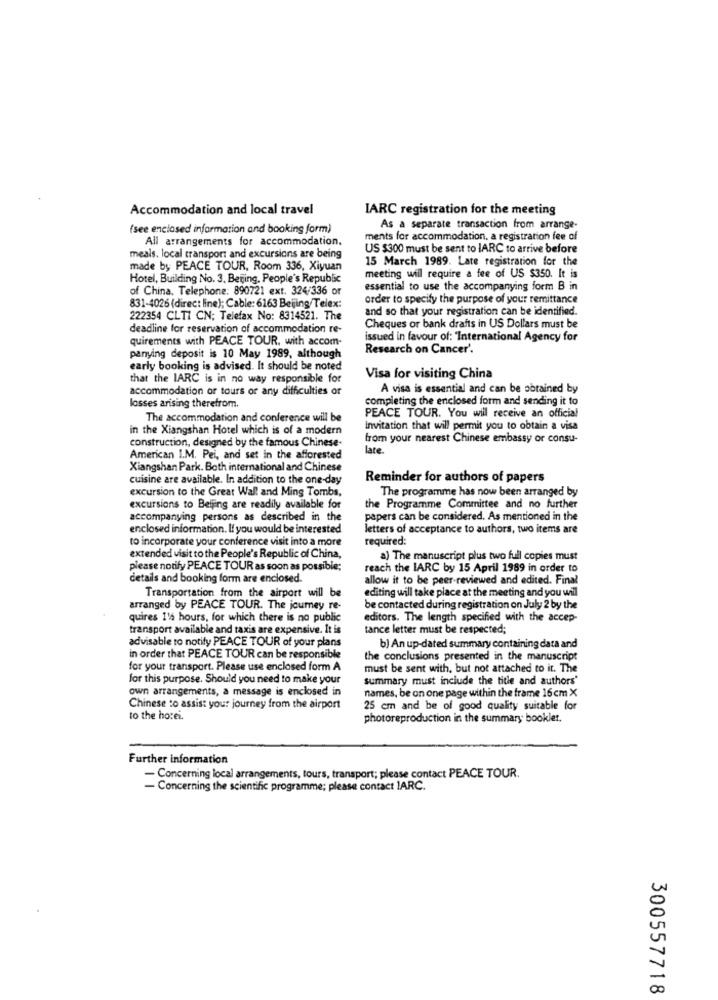
Accommodation and local travel
IARC registration for the meeting
(see enclosed information and booking form)
As a separate transaction from arrange-
All arrangements for accommodation.
ments for accommodation, a registration fee of
US $300 must be sent to IARC to arrive before
meals. local transport and excursions are being
15 March 1989. Late registration for the
made by PEACE TOUR, Room 336, Xiyuan
meeting will require a fee of US $350. It is
Hotel, Building No. 3. Beijing, People's Republic
of China. Telephone: 890721 ext. 324/336 or
essential to use the accompanying form B in
order to specify the purpose of your remittance
831-4026 (direct line); Cable: 6163 Beijing/Telex:
and so that your registration can be identified.
222354 CLTI CN; Telefax No: 8314521. The
deadline for reservation of accommodation re-
Cheques or bank drafts in US Dollars must be
quirements with PEACE TOUR, with accom-
issued in favour of: "International Agency for
Research on Cancer'.
panying deposit is 10 May 1989, although
early booking is advised. It should be noted
that the IARC is in no way responsible for
Visa for visiting China
accommodation of tours or any difficulties or
A visa is essential and can be obtained by
completing the enclosed form and sending it to
losses arising therefrom.
The accommodation and conference will be
PEACE TOUR. You will receive an official
in the Xiangshan Hotel which is of a modern
invitation that will permit you to obtain a visa
construction, designed by the famous Chinese-
from your nearest Chinese embassy or consu-
late
American I.M. Pei, and set in the afforested
Xiangshan Park. Both international and Chinese
cuisine are available. In addition to the one-day
Reminder for authors of papers
excursion to the Great Wall and Ming Tombs,
The programme has now been arranged by
excursions to Beijing are readily available for
the Programme Committee and no further
accompanying persons as described in the
papers can be considered. As mentioned in the
enclosed information. If you would be interested
letters of acceptance to authors, two items are
to incorporate your conference visit into a more
required:
extended visit to the People's Republic of China,
a) The manuscript plus two full copies must
please notify PEACE TOUR as soon as possible;
reach the IARC by 15 April 1989 in order to
details and booking form are enclosed.
allow it to be peer-reviewed and edited. Final
Transportation from the airport will be
editing will take place at the meeting and you will
arranged by PEACE TOUR. The journey re-
be contacted during registration on July 2 by the
quires 116 hours, for which there is no public
editors. The length specified with the accep-
transport available and taxis are expensive. It is
tance letter must be respected;
advisable to notify PEACE TOUR of your plans
b) An up-dated summary containing data and
in order that PEACE TOUR can be responsible
the conclusions presented in the manuscript
for your transport. Please use enclosed form A
must be sent with, but not attached to it. The
for this purpose. Should you need to make your
summary must include the title and authors'
own arrangements, a message is enclosed in
names, be on one page within the frame 16 cm X
Chinese to assist your journey from the airport
25 cm and be of good quality suitable for
to the ho:ei.
photoreproduction in the summary booklet.
Further information
- Concerning local arrangements, tours, transport; please contact PEACE TOUR.
- Concerning the scientific programme; please contact IARC.
300557718